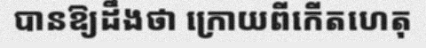
បានឱ្យដឹងថា ក្រោយពីកើតហេតុ